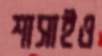
শাসাইও